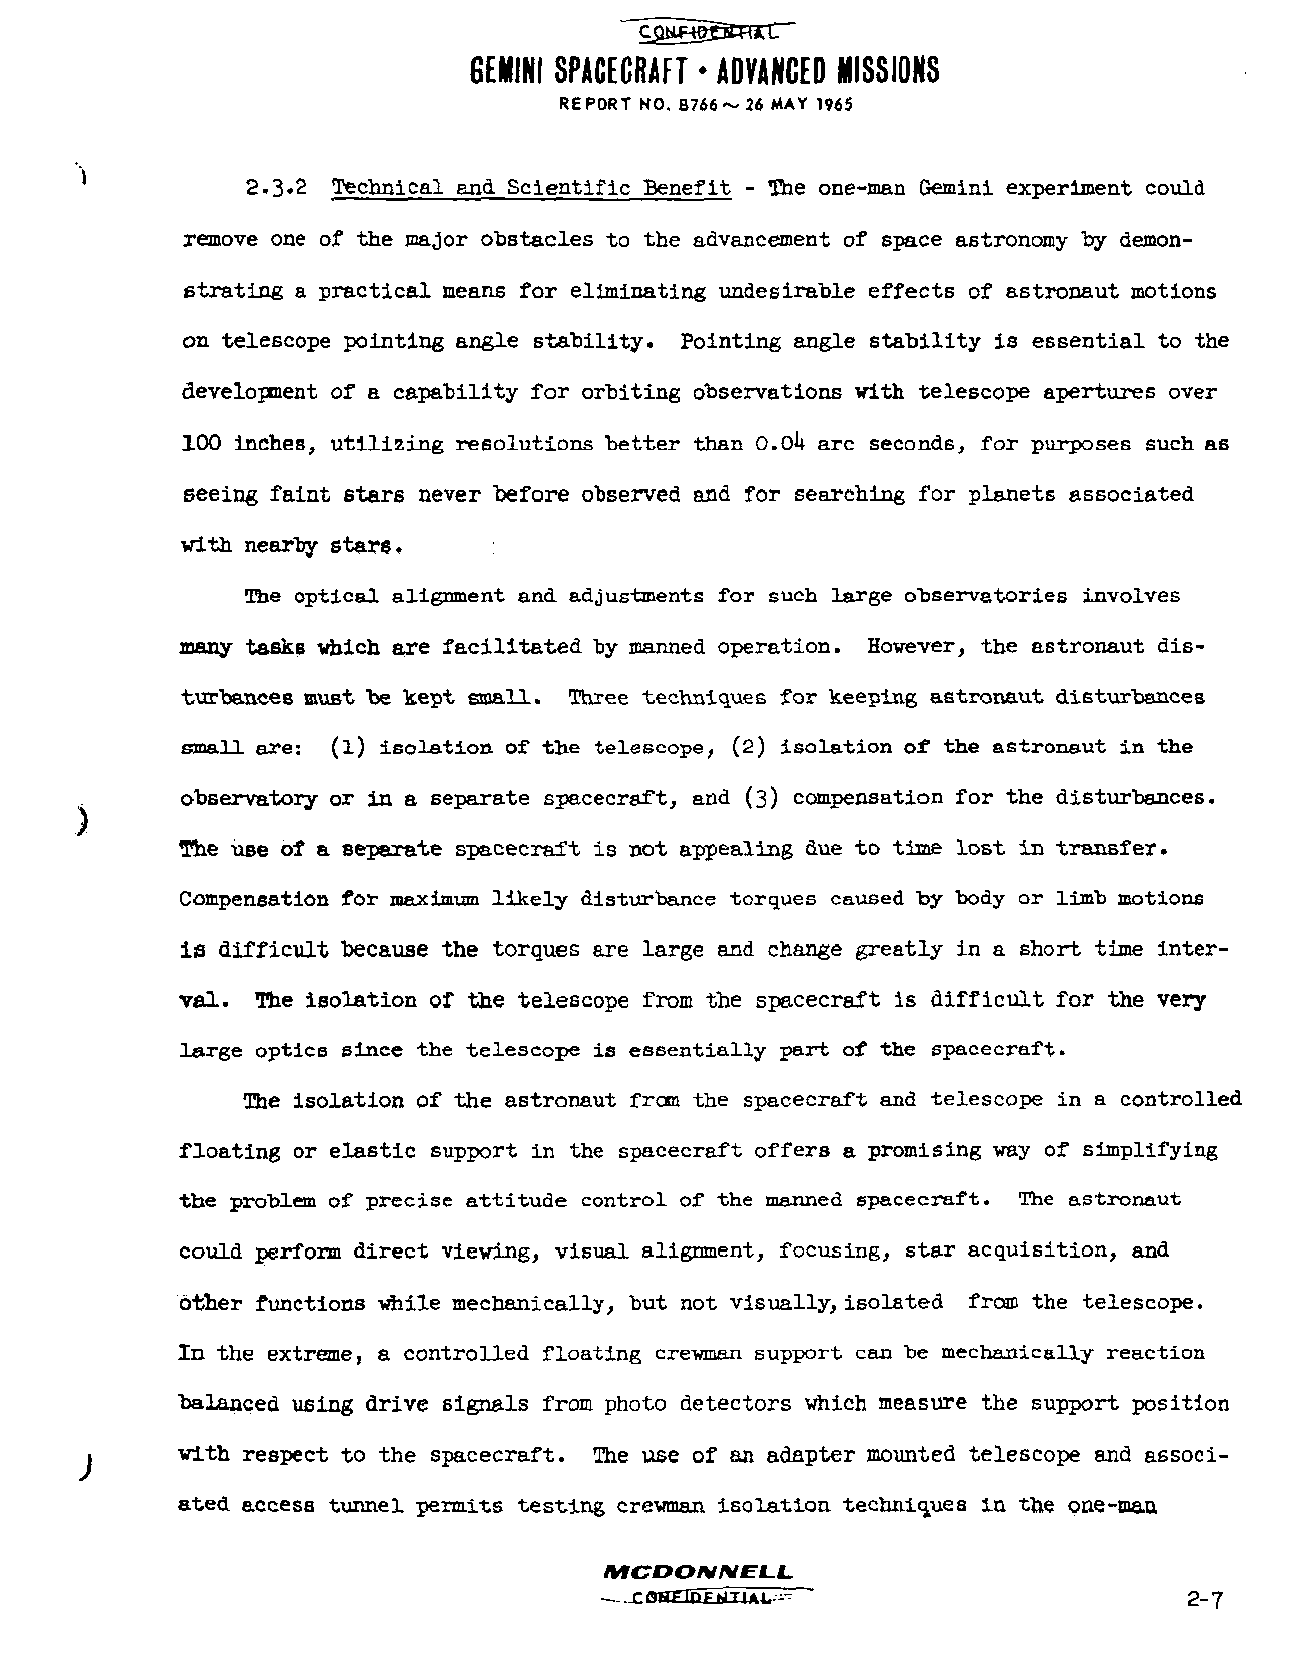
GEMINI SPACECRAFT • ADVANCED MISSIONS
 REPORT NO. B766~ 26 MAY 1965
 2.3.2 Technical and Scientific Benefit - The one-man Gemini experiment could
 remove one of the major obstacles to the advancement of space astronomy by demon
 strating a practical means for eliminating undesirable effects of astronaut motions
 on telescope pointing angle stability. Pointing angle stability is essential to the
 development of a capability for orbiting observations with telescope apertures over
 100 inches, utilizing resolutions better than O.oU arc seconds, for purposes such as
 seeing faint stars never before observed and for searching for planets associated
 with nearby stars.
 The optical alignment and adjustments for such large observatories involves
 many tasks which are facilitated by manned operation. However, the astronaut dis
 turbances must be kept small. Three techniques for keeping astronaut disturbances
 small are: (l) isolation of the telescope, (2) isolation of the astronaut in the
 observatory or in a separate spacecraft, and (3) compensation for the disturbances.
 The use of a separate spacecraft is not appealing due to time lost in transfer.
 Compensation for maximum likely disturbance torques caused by body or limb motions
 is difficult because the torques are large and change greatly in a short time inter
 val. The isolation of the telescope from the spacecraft is difficult for the very
 large optics since the telescope is essentially part of the spacecraft.
 The isolation of the astronaut from the spacecraft and telescope in a controlled
 floating or elastic support in the spacecraft offers a promising way of simplifying
 the problem of precise attitude control of the manned spacecraft. The astronaut
 could perform direct viewing, visual alignment, focusing, star acquisition, and
 other functions while mechanically, but not visually,isolated from the telescope.
 In the extreme, a controlled floating crewman support can be mechanically reaction
 balanced using drive signals from photo detectors which measure the support position
 with respect to the spacecraft. The use of an adapter mounted telescope and associ
 ated access tunnel permits testing crewman isolation techniques in the one-man
 MCDONNEI-L.